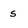
Character: s